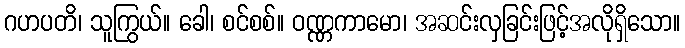
ဂဟပတိ၊ သူကြွယ်။ ခေါ၊ စင်စစ်။ ဝဏ္ဏကာမော၊ အဆင်းလှခြင်းဖြင့်အလိုရှိသော။